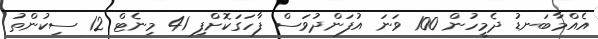
އެއްމާބަނޑު ދެމީހުން 100 ވަނަ އުފަންދުވަސް ފާހަގަކޮށްފި 41 މިނެޓް 12 ސިކުންތު